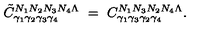
\tilde { C } _ { \gamma _ { 1 } \gamma _ { 2 } \gamma _ { 3 } \gamma _ { 4 } } ^ { N _ { 1 } N _ { 2 } N _ { 3 } N _ { 4 } \Lambda } \ = \ C _ { \gamma _ { 1 } \gamma _ { 3 } \gamma _ { 2 } \gamma _ { 4 } } ^ { N _ { 1 } N _ { 3 } N _ { 2 } N _ { 4 } \Lambda } .